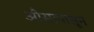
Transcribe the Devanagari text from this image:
औसापासून